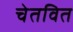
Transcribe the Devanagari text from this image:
चेतवित